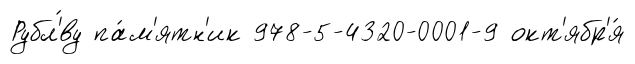
Рубл'́ву па́м'ятн'ик 978-5-4320-0001-9 окт'ябр'я́